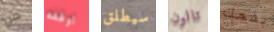
من اوقفه سيطلق تالون بفمك